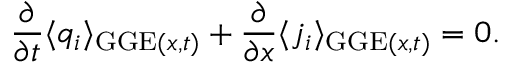
\frac { \partial } { \partial t } \langle q _ { i } \rangle _ { \mathrm { G G E } ( x , t ) } + \frac { \partial } { \partial x } \langle j _ { i } \rangle _ { \mathrm { G G E } ( x , t ) } = 0 .